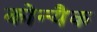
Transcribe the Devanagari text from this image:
कोन्यैक